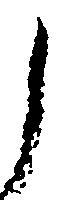
し